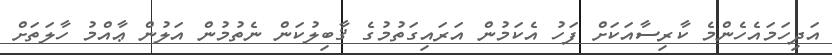
އަދިހަމައެހެންމެ ކާރިސާއަކަށް ފަހު އެކަމުން އަރައިގަތުމުގެ ޤާބިލުކަން ނެތުމުން އަލުން ޢާއްމު ހާލަތަށް